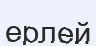
ерлей